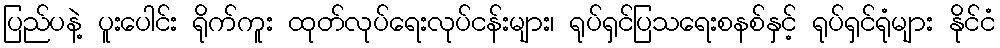
ပြည်ပနဲ့ ပူးပေါင်း ရိုက်ကူး ထုတ်လုပ်ရေးလုပ်ငန်းများ၊ ရုပ်ရှင်ပြသရေးစနစ်နှင့် ရုပ်ရှင်ရုံများ နိုင်ငံ